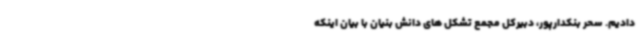
دادیم. سحر بنکدارپور، دبیرکل مجمع تشکل های دانش بنیان با بیان اینکه